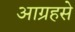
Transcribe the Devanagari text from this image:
आग्रहसे